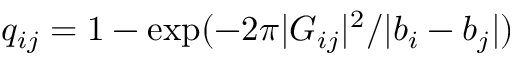
q _ { i j } = 1 - \exp ( - 2 \pi | { \cal G } _ { i j } | ^ { 2 } / | b _ { i } - b _ { j } | )